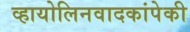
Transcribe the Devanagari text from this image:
व्हायोलिनवादकांपेकी